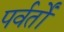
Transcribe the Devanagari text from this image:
पर्वर्तों